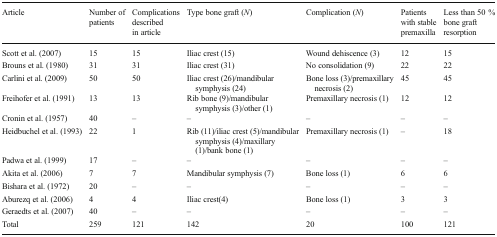
| Article | Number of patients | Complications described in article | Type bone graft (N) | Complication (N) | Patients with stable premaxilla | Less than 50 % bone graft resorption |
 | --- | --- | --- | --- | --- | --- | --- |
 | Scott et al. (2007) | 15 | 15 | Iliac crest (15) | Wound dehiscence (3) | 12 | 15 |
 | Brouns et al. (1980) | 31 | 31 | Iliac crest (31) | No consolidation (9) | 22 | 22 |
 | Carlini et al. (2009) | 50 | 50 | Iliac crest (26)/mandibular symphysis (24) | Bone loss (3)/premaxillary necrosis (2) | 45 | 45 |
 | Freihofer et al. (1991) | 13 | 13 | Rib bone (9)/mandibular symphysis (3)/other (1) | Premaxillary necrosis (1) | 12 | 12 |
 | Cronin et al. (1957) | 40 | – | – | – | – | – |
 | Heidbuchel et al. (1993) | 22 | 1 | Rib (11)/iliac crest (5)/mandibular symphysis (4)/maxillary (1)/bank bone (1) | Premaxillary necrosis (1) | – | 18 |
 | Padwa et al. (1999) | 17 | – | – | – | – | – |
 | Akita et al. (2006) | 7 | 7 | Mandibular symphysis (7) | Bone loss (1) | 6 | 6 |
 | Bishara et al. (1972) | 20 | – | – | – | – | – |
 | Aburezq et al. (2006) | 4 | 4 | Iliac crest(4) | Bone loss (1) | 3 | 3 |
 | Geraedts et al. (2007) | 40 | – | – | – | – | – |
 | Total | 259 | 121 | 142 | 20 | 100 | 121 |